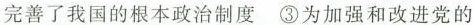
完善了我国的根本政治制度 ③为加强和改进党的